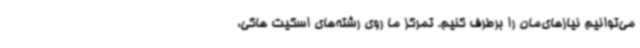
می‌توانیم نیازهای‌مان را برطرف کنیم. تمرکز ما روی رشته‌های اسکیت هاکی،